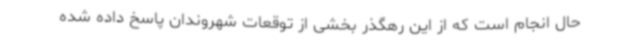
حال انجام است که از این رهگذر بخشی از توقعات شهروندان پاسخ داده شده